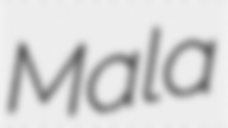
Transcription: Mala